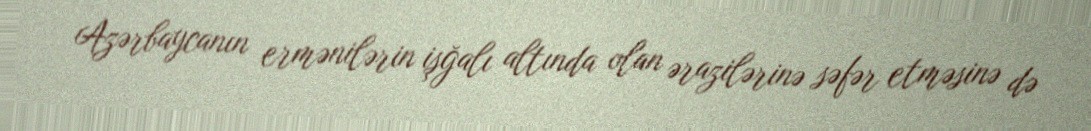
Azərbaycanın ermənilərin işğalı altında olan ərazilərinə səfər etməsinə də